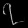
Digit: ၇